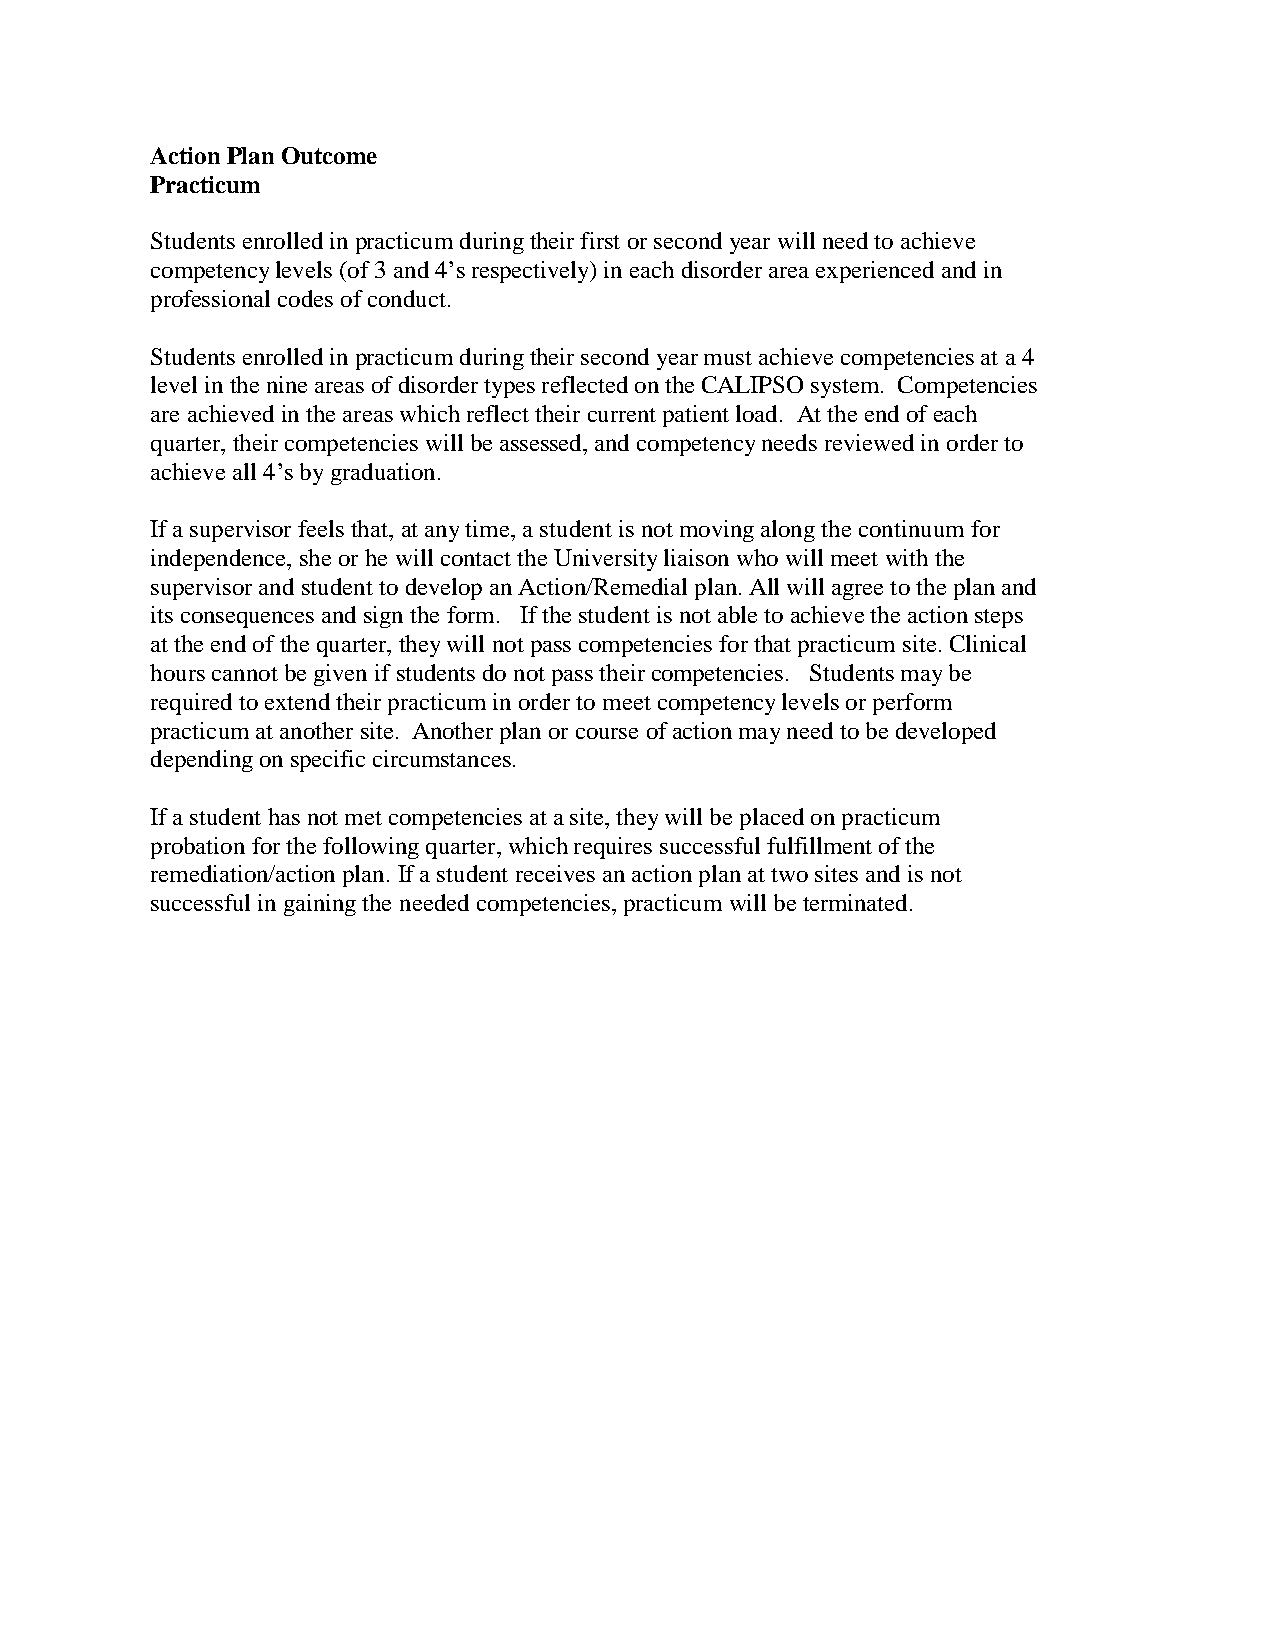
Action Plan Outcome
 Practicum
 Students enrolled in practicum during their first or second year will need to achieve
 competency levels (of 3 and 4’s respectively) in each disorder area experienced and in
 professional codes of conduct.
 Students enrolled in practicum during their second year must achieve competencies at a 4
 level in the nine areas of disorder types reflected on the CALIPSO system. Competencies
 are achieved in the areas which reflect their current patient load. At the end of each
 quarter, their competencies will be assessed, and competency needs reviewed in order to
 achieve all 4’s by graduation.
 If a supervisor feels that, at any time, a student is not moving along the continuum for
 independence, she or he will contact the University liaison who will meet with the
 supervisor and student to develop an Action/Remedial plan. All will agree to the plan and
 its consequences and sign the form. If the student is not able to achieve the action steps
 at the end of the quarter, they will not pass competencies for that practicum site. Clinical
 hours cannot be given if students do not pass their competencies. Students may be
 required to extend their practicum in order to meet competency levels or perform
 practicum at another site. Another plan or course of action may need to be developed
 depending on specific circumstances.
 If a student has not met competencies at a site, they will be placed on practicum
 probation for the following quarter, which requires successful fulfillment of the
 remediation/action plan. If a student receives an action plan at two sites and is not
 successful in gaining the needed competencies, practicum will be terminated.